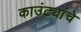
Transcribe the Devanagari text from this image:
काउंट्यांचे